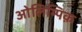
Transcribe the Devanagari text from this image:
ओलिम्पिक़